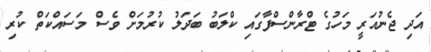
އަދި ޖެނުއަރީ މަހުގެ ޓްރާންސްފާގައި ކްލަބު ބަދަލު ކުރުމަށް ވެސް މަސައްކަތް ކުރި